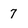
Character: 7